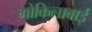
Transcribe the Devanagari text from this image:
गोकिलाबाई